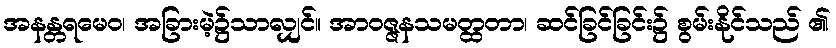
အနန္တရမေဝ၊ အခြားမဲ့၌သာလျှင်။ အာဝဇ္ဇနသမတ္ထတာ၊ ဆင်ခြင်ခြင်း၌ စွမ်းနိုင်သည် ၏